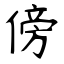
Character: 傍